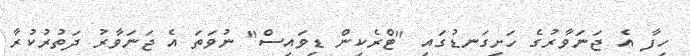
ހިފާ އެ ޖަނަވާރުގެ ހަށިގަނޑުގައި "ޓްރެކިން ޑިވައިސް" ނުވަތަ އެ ޖަނަވާރު ދަތުރުކުރާ